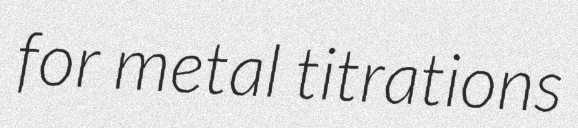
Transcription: for metal titrations